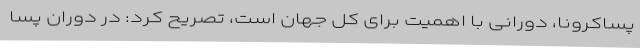
پساکرونا، دورانی با اهمیت برای کل جهان است، تصریح کرد: در دوران پسا